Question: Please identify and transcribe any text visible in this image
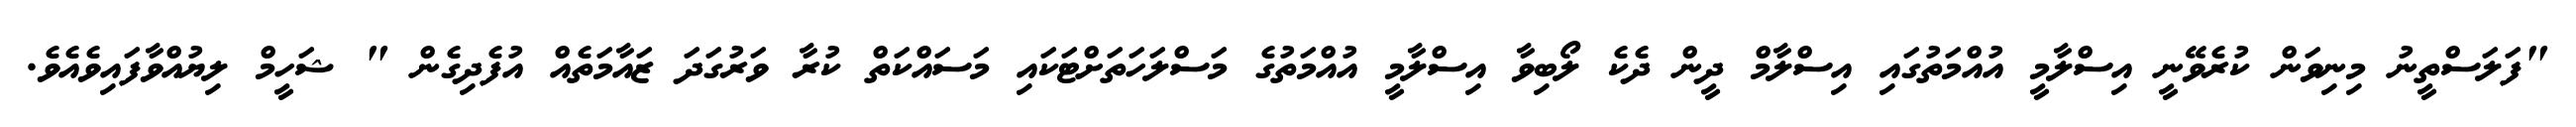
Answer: "ފަލަސްތީނު މިނިވަން ކުރެވޭނީ އިސްލާމީ އުއްމަތުގައި އިސްލާމް ދީން ދެކެ ލޯބިވާ އިސްލާމީ އުއްމަތުގެ މަސްލަހަތަށްޓަކައި މަސައްކަތް ކުރާ ވަރުގަދަ ޒައާމަތެއް އުފެދިގެން " ޝަހީމް ލިޔުއްވާފައިވެއެވެ.